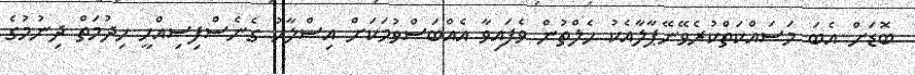
ބޮޑަށް އެބަ މަސައްކަތްކުރެވޭނޭޕާލާއެކު ހެލްތުން ވެފައިވާ އެއްބަސްވުމަކަށް އިސްލާހު ގެނެސްފިސިއްހީ ހިދުމަތް ދިނުމުގެ